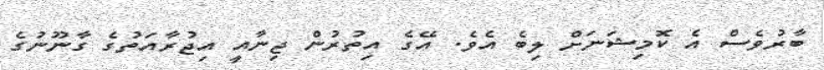
ބާރުވެސް އެ ކޮމިޝަނަށް ލިބެ އެވެ. އޭގެ އިތުރުން ޖިނާއީ އިޖުރާއަތުގެ ގާނޫނުގެ